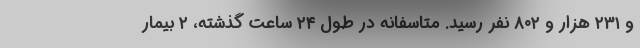
و ۲۳۱ هزار و ۸۰۲ نفر رسید. متاسفانه در طول ۲۴ ساعت گذشته، ۲ بیمار